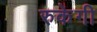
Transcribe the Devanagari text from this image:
रुकेगी